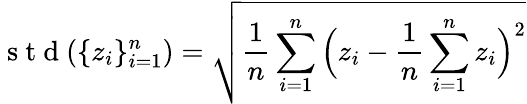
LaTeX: \mathrm{~s~t~d~}(\{ z_{i}\} _{i=1}^{n})=\sqrt{\frac{1}{n}\sum_{i=1}^{n}\Big(z_{i}-\frac{1}{n}\sum_{i=1}^{n}z_{i}\Big)^{2}}